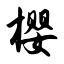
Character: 樱